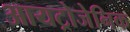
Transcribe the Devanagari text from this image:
आयट्रोजेनिक